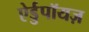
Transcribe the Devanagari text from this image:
ऐर्डुपॉयज़